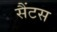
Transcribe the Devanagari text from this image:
सैंटस